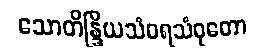
သောတိန္ဒြိယသံဝရသံဝုတော